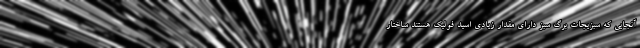
آنجایی که سبزیجات برگ سبز دارای مقدار زیادی اسید فولیک هستند ساختار